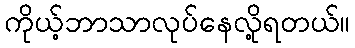
ကိုယ့်ဘာသာလုပ်နေလို့ရတယ်။